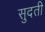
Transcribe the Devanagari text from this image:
सुदती